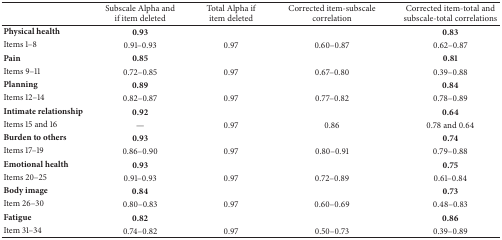
|  | Subscale Alpha and if item deleted | Total Alpha if item deleted | Corrected item-subscale correlation | Corrected item-total and subscale-total correlations |
 | --- | --- | --- | --- | --- |
 | Physical health | 0.93 |  |  | 0.83 |
 | Items 1–8 | 0.91–0.93 | 0.97 | 0.60–0.87 | 0.62–0.87 |
 | Pain | 0.85 |  |  | 0.81 |
 | Items 9–11 | 0.72–0.85 | 0.97 | 0.67–0.80 | 0.39–0.88 |
 | Planning | 0.89 |  |  | 0.84 |
 | Items 12–14 | 0.82–0.87 | 0.97 | 0.77–0.82 | 0.78–0.89 |
 | Intimate relationship | 0.92 |  |  | 0.64 |
 | Items 15 and 16 | — | 0.97 | 0.86 | 0.78 and 0.64 |
 | Burden to others | 0.93 |  |  | 0.74 |
 | Items 17–19 | 0.86–0.90 | 0.97 | 0.80–0.91 | 0.79–0.88 |
 | Emotional health | 0.93 |  |  | 0.75 |
 | Items 20–25 | 0.91–0.93 | 0.97 | 0.72–0.89 | 0.61–0.84 |
 | Body image | 0.84 |  |  | 0.73 |
 | Item 26–30 | 0.80–0.83 | 0.97 | 0.60–0.69 | 0.48–0.83 |
 | Fatigue | 0.82 |  |  | 0.86 |
 | Item 31–34 | 0.74–0.82 | 0.97 | 0.50–0.73 | 0.39–0.89 |